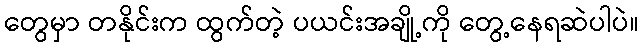
တွေမှာ တနိုင်းက ထွက်တဲ့ ပယင်းအချို့ကို တွေ့နေရဆဲပါပဲ။